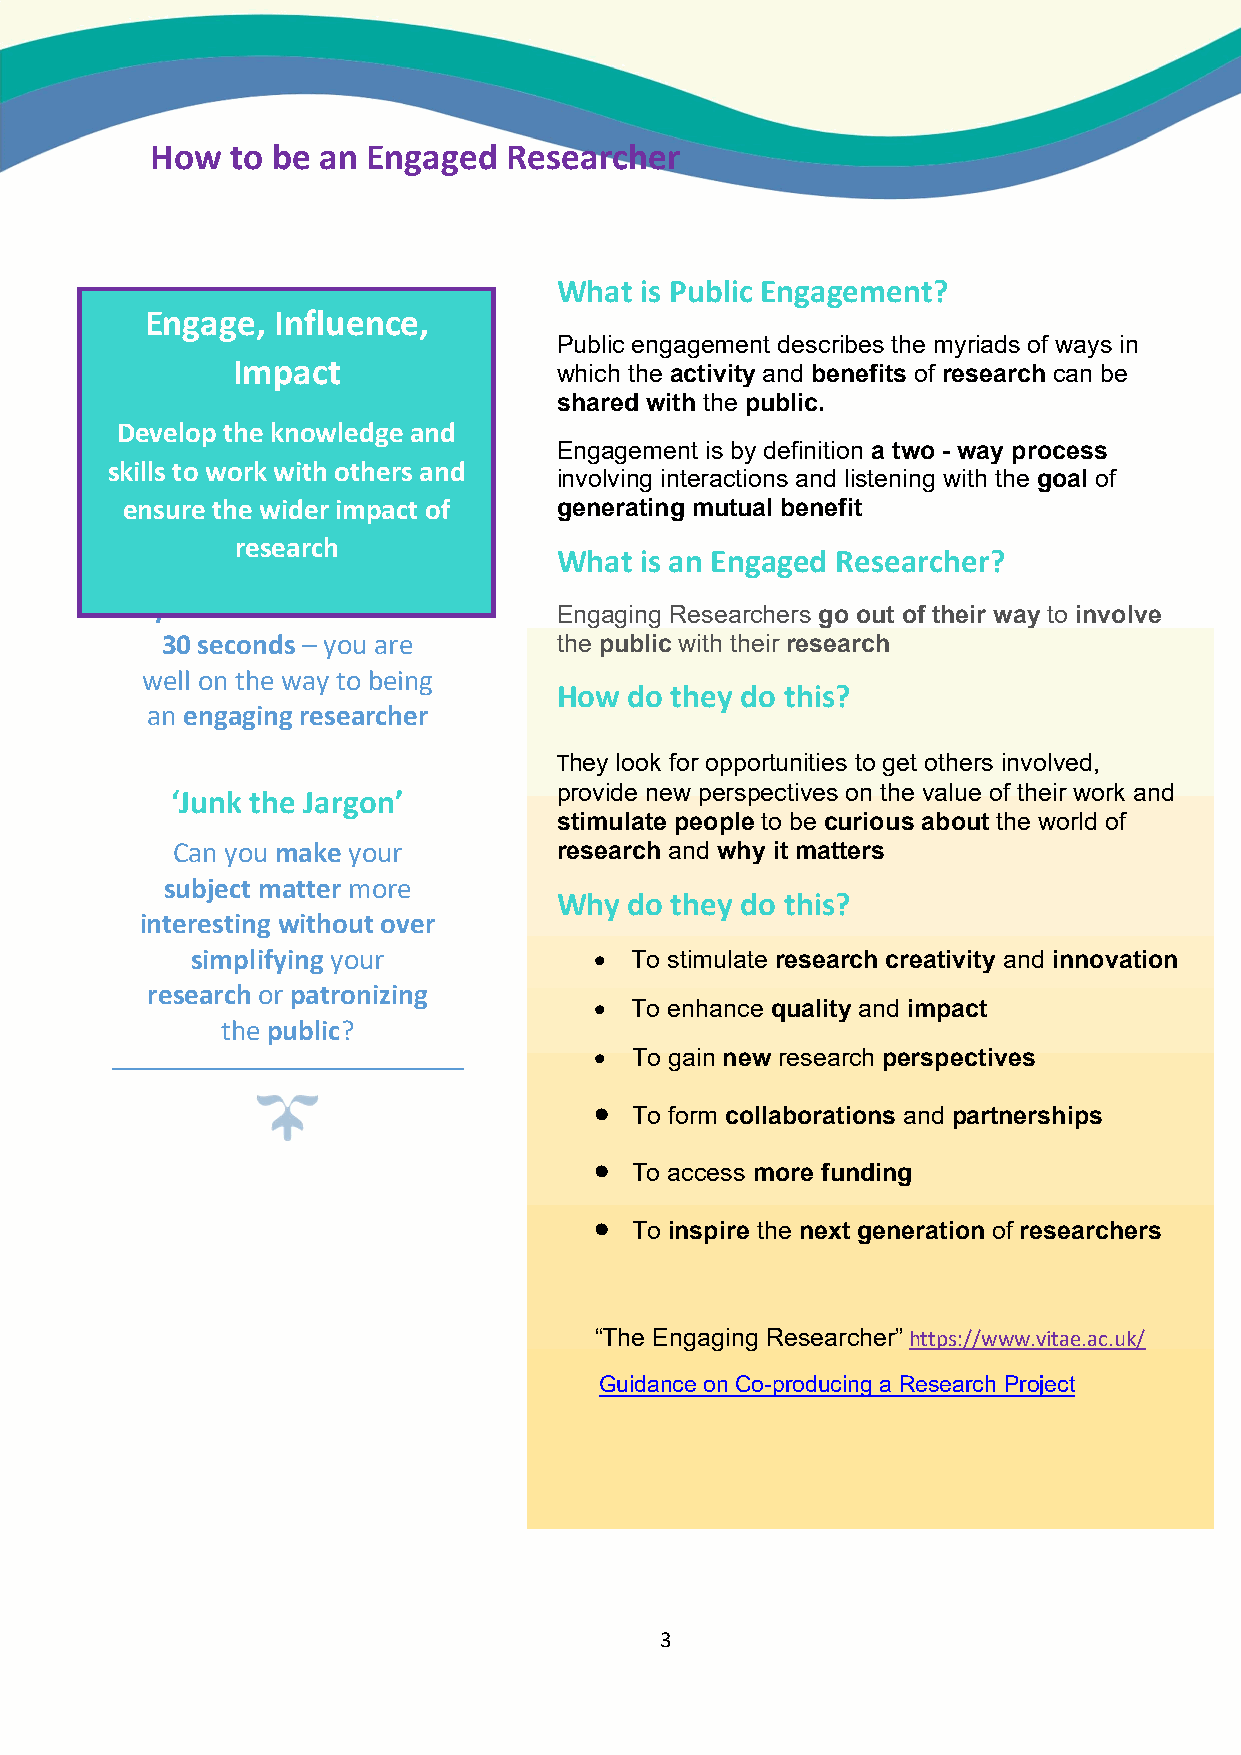
How  to be an Engaged   Researcher
 What is Public Engagement?
 Engage, Influence,
 Public engagement describes the myriads of ways in
 Impact                which the activity and benefits of research can be
 shared with the public.
 DevCehloapl ltehneg ken oYwoulerdsgeel fa nd
 Engagement is by definition a two - way process
 skills to work with others and
 involving interactions and listening with the goal of
 enIf s uyo reu tc ha en wco idm em r iu mn pic aa ct te o f generating mutual benefit
 an interesting or
 research
 What is an Engaged Researcher?
 intriguing fact about
 your research in under     Engaging Researchers go out of their way to involve
 30 seconds – you are      the public with their research
 well on the way to being
 How  do they do this?
 an engaging researcher
 They look for opportunities to get others involved,
 provide new perspectives on the value of their work and
 ‘Junk the Jargon’
 stimulate people to be curious about the world of
 Can you make your         research and why it matters
 subject matter more
 Why  do they do this?
 interesting without over
 simplifying your            To stimulate research creativity and innovation
 research or patronizing
   To enhance quality and impact
 the public?
   To gain new research perspectives
   To form collaborations and partnerships
   To access more funding
   To inspire the next generation of researchers
 “The Engaging Researcher” https://www.vitae.ac.uk/
 Guidance on Co-producing a Research Project
 3